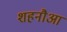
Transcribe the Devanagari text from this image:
शहनौआ